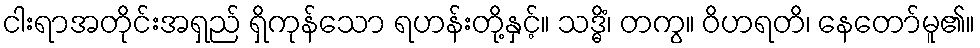
ငါးရာအတိုင်းအရှည် ရှိကုန်သော ရဟန်းတို့နှင့်။ သဒ္ဓိံ၊ တကွ။ ဝိဟရတိ၊ နေတော်မူ၏။